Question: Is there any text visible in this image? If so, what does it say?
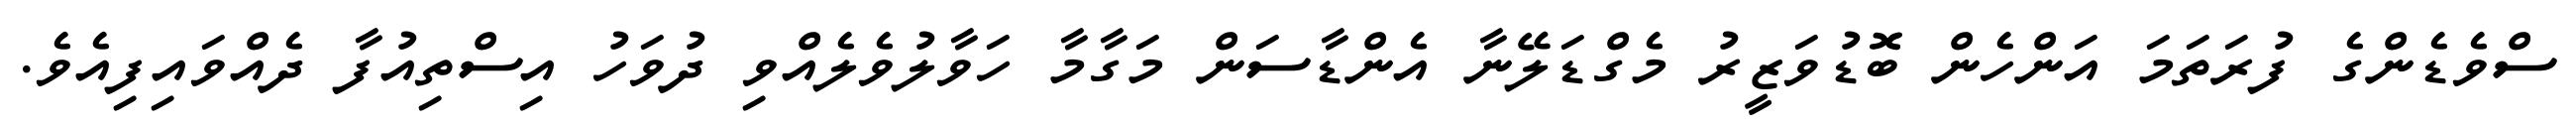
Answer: ސްވެޑެންގެ ފުރަތަމަ އަންހެން ބޮޑުވަޒީރު މެގްޑަލޭނާ އެންޑާސަން މަގާމާ ހަވާލުވެލެއްވި ދުވަހު އިސްތިއުފާ ދެއްވައިފިއެވެ.